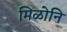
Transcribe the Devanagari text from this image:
मिळोनि